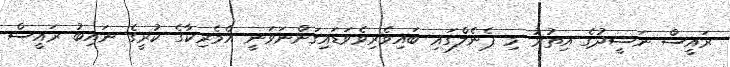
ރައީސް ނަޝީދުގެ އިތުރު މި ޕެނެލްގައި ބައިވެރިވެވަޑައިގަންނަވަނީ އެމެރިކާގެ ކުރީގެ ނަައިބު ރައީސް